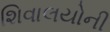
શિવાલયોની